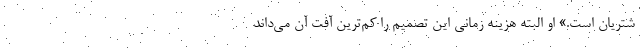
شتریان است.» او البته هزینه زمانی این تصمیم را کم‌ترین آفت آن می‌داند